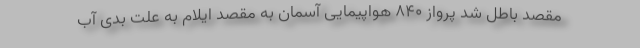
مقصد باطل شد پرواز ۸۴۰ هواپیمایی آسمان به مقصد ایلام به علت بدی آب